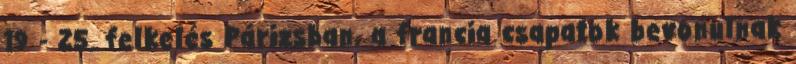
19 - 25. felkelés Párizsban, a francia csapatok bevonulnak